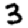
Digit: 3